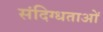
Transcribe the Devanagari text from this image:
संदिग्धताओं